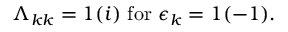
\Lambda _ { k k } = 1 ( i ) \ \mathrm { f o r } \ \epsilon _ { k } = 1 ( - 1 ) .